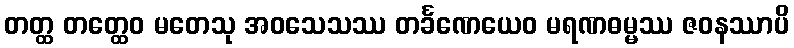
တတ္ထ တတ္ထေဝ မတေသု အဝသေသဿ တင်္ခဏေယေဝ မရဏဓမ္မဿ ဇဝနဿာပိ